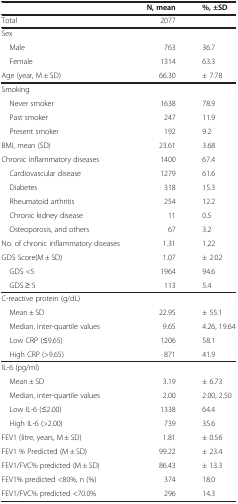
<table><thead><tr><td><b> </b></td><td><b>N, mean</b></td><td><b>%, ±SD</b></td></tr></thead><tbody><tr><td>Total</td><td>2077</td><td> </td></tr><tr><td>Sex</td><td> </td><td> </td></tr><tr><td> Male</td><td>763</td><td>36.7</td></tr><tr><td> Female</td><td>1314</td><td>63.3</td></tr><tr><td>Age (year, M ± SD)</td><td>66.30</td><td>± 7.78</td></tr><tr><td>Smoking</td><td> </td><td> </td></tr><tr><td> Never smoker</td><td>1638</td><td>78.9</td></tr><tr><td> Past smoker</td><td>247</td><td>11.9</td></tr><tr><td> Present smoker</td><td>192</td><td>9.2</td></tr><tr><td>BMI, mean (SD)</td><td>23.61</td><td>3.68</td></tr><tr><td>Chronic inflammatory diseases</td><td>1400</td><td>67.4</td></tr><tr><td> Cardiovascular disease</td><td>1279</td><td>61.6</td></tr><tr><td> Diabetes</td><td>318</td><td>15.3</td></tr><tr><td> Rheumatoid arthritis</td><td>254</td><td>12.2</td></tr><tr><td> Chronic kidney disease</td><td>11</td><td>0.5</td></tr><tr><td> Osteoporosis, and others</td><td>67</td><td>3.2</td></tr><tr><td>No. of chronic inflammatory diseases</td><td>1.31</td><td>1.22</td></tr><tr><td>GDS Score(M ± SD)</td><td>1.07</td><td>± 2.02</td></tr><tr><td> GDS &lt;5</td><td>1964</td><td>94.6</td></tr><tr><td> GDS ≥ 5</td><td>113</td><td>5.4</td></tr><tr><td>C-reactive protein (g/dL)</td><td> </td><td> </td></tr><tr><td> Mean ± SD</td><td>22.95</td><td>± 55.1</td></tr><tr><td> Median, inter-quartile values</td><td>9.65</td><td>4.26, 19.64</td></tr><tr><td> Low CRP (≤9.65)</td><td>1206</td><td>58.1</td></tr><tr><td> High CRP (&gt;9.65)</td><td>871</td><td>41.9</td></tr><tr><td>IL-6 (pg/ml)</td><td> </td><td> </td></tr><tr><td> Mean ± SD</td><td>3.19</td><td>± 6.73</td></tr><tr><td> Median, inter-quartile values</td><td>2.00</td><td>2.00, 2.50</td></tr><tr><td> Low IL-6 (≤2.00)</td><td>1338</td><td>64.4</td></tr><tr><td> High IL-6 (&gt;2.00)</td><td>739</td><td>35.6</td></tr><tr><td>FEV1 (litre, years, M ± SD)</td><td>1.81</td><td>± 0.56</td></tr><tr><td>FEV1 % Predicted (M ± SD)</td><td>99.22</td><td>± 23.4</td></tr><tr><td>FEV1/FVC% predicted (M ± SD)</td><td>86.43</td><td>± 13.3</td></tr><tr><td>FEV1% predicted &lt;80%, n (%)</td><td>374</td><td>18.0</td></tr><tr><td>FEV1/FVC% predicted &lt;70.0%</td><td>296</td><td>14.3</td></tr></tbody></table>